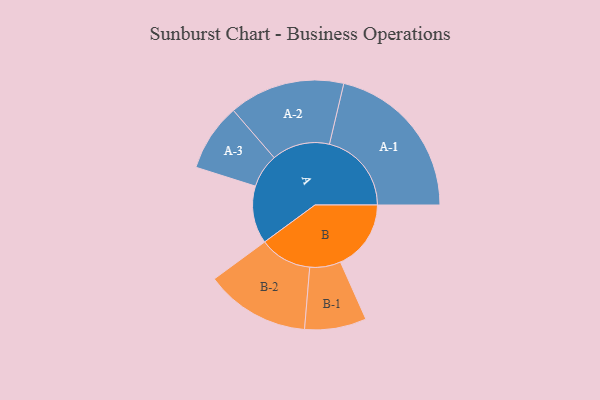
{"axis": {"x": "Segment", "y": "Value"}, "legend": ["", "A", "B"], "data": [{"x": "A", "y": 196, "type": ""}, {"x": "B", "y": 240, "type": ""}, {"x": "A-1", "y": 279, "type": "A"}, {"x": "A-2", "y": 197, "type": "A"}, {"x": "A-3", "y": 115, "type": "A"}, {"x": "B-1", "y": 105, "type": "B"}, {"x": "B-2", "y": 178, "type": "B"}]}